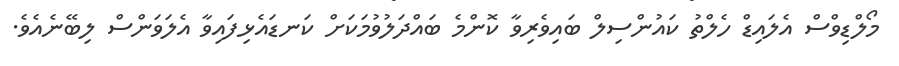
މޯލްޑިވްސް އެލައިޑް ހެލްތު ކައުންސިލް ބައިވެރިވާ ކޮންމެ ބައްދަލުވުމަކަށް ކަނޑައެޅިފައިވާ އެލަވަންސް ލިބޭނެއެވެ.